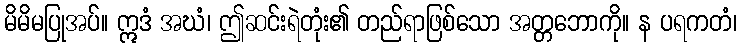
မိမိမပြုအပ်။ ဣဒံ အဃံ၊ ဤဆင်းရဲတုံး၏ တည်ရာဖြစ်သော အတ္တဘောကို။ န ပရကတံ၊